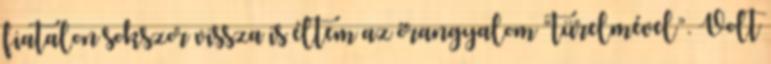
fiatalon sokszor vissza is éltem az őrangyalom “türelmével”. Volt